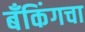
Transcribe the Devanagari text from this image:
बँकिंगचा